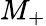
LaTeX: M_{+}